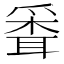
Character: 𦖗